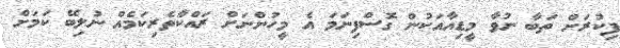
ފިކުރަށް ތަބާ ނުވާ މީޑިއާއަކުން ގޮސްފިނަމަ އެ މީހުންނަށް ރައްކާތެރިކަމެއް ނުލިބޭ ކަމަށް